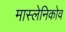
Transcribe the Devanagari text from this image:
मास्लेनिकोव